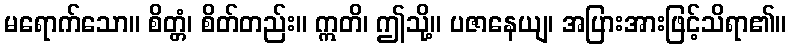
မရောက်သော။ စိတ္တံ၊ စိတ်တည်း။ ဣတိ၊ ဤသို့။ ပဇာနေယျ၊ အပြားအားဖြင့်သိရာ၏။